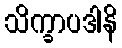
သိက္ခာပဒါနိ